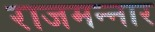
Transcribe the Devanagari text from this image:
राजमन्नार